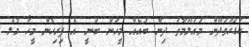
ކުޑަހުވަދޫން މައުލޫމާތު ދިން ބައެއް މީހުން ބުނީ އެ ފިރިހެން މީހާ މާލެ